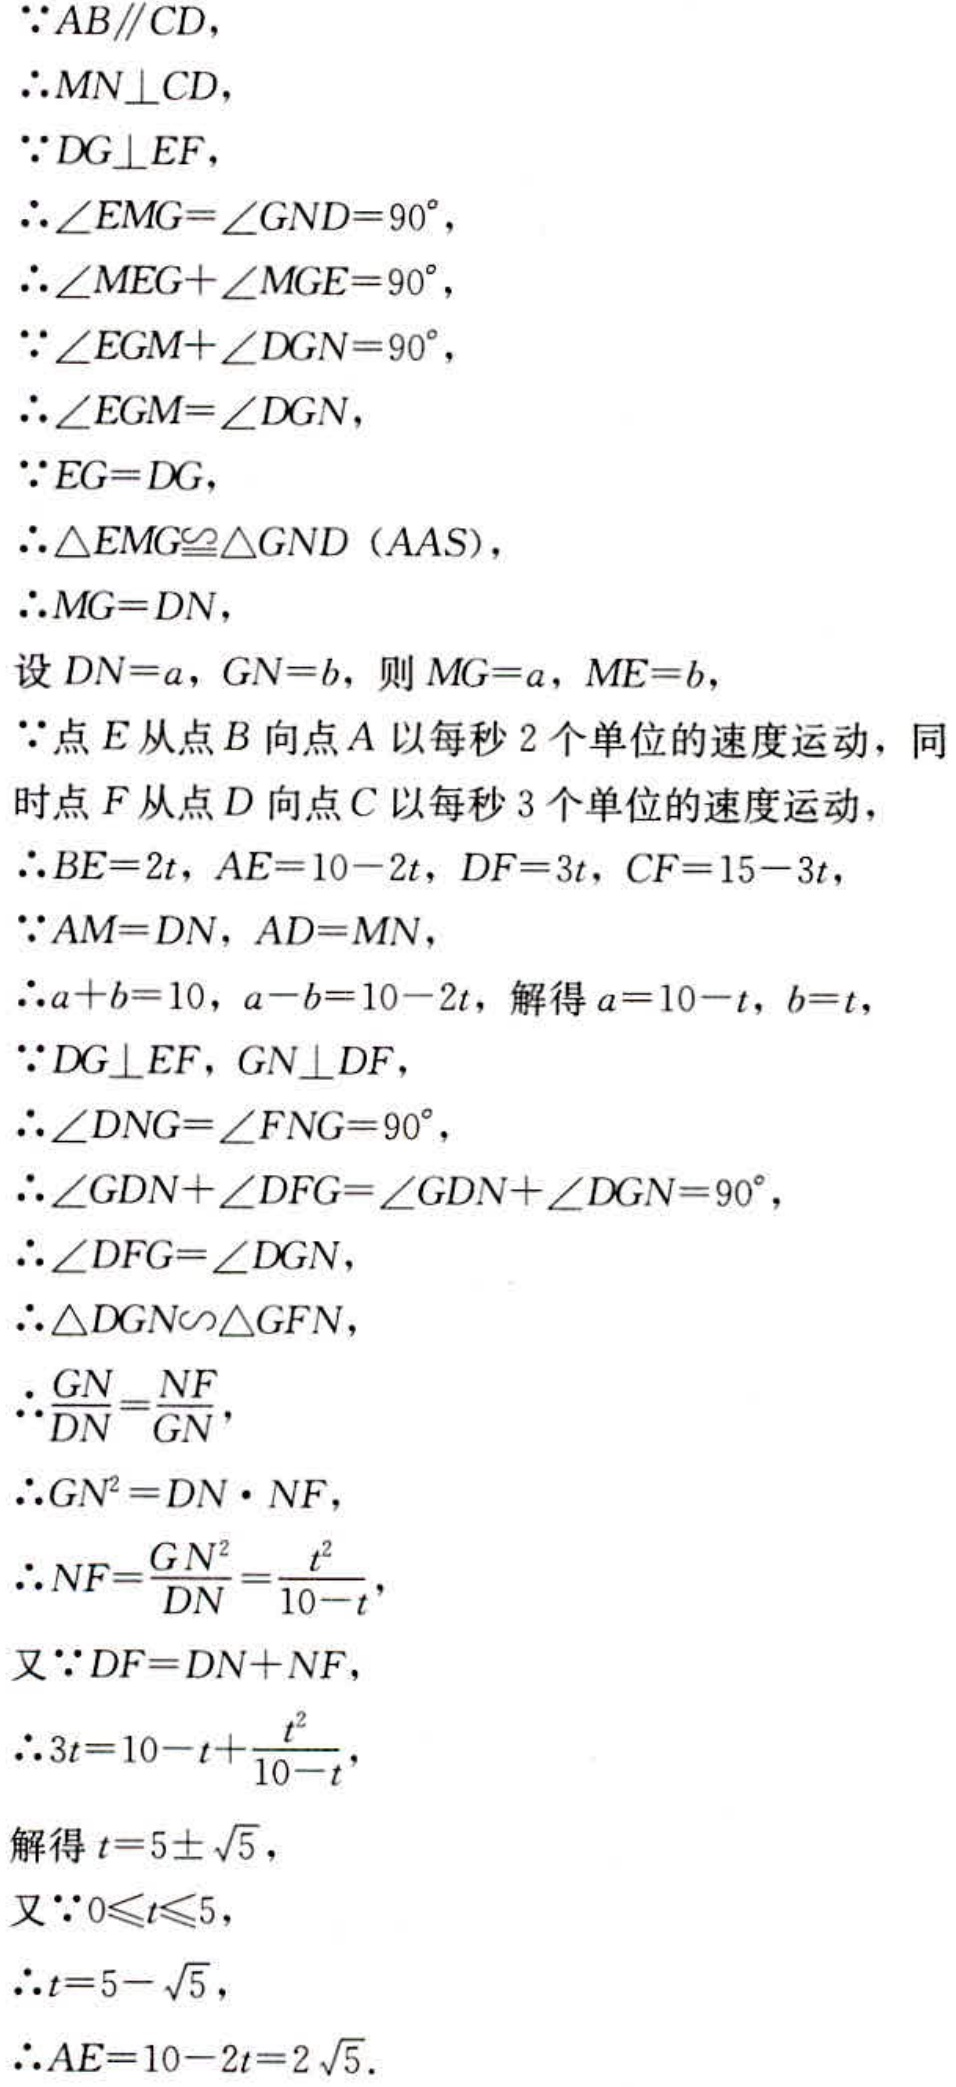
\(
\begin{align*}
&\because AB\parallel CD,\\
&\therefore MN\perp CD,\\
&\because DG\perp EF,\\
&\therefore\angle EMG = \angle GND = 90^{\circ},\\
&\therefore\angle MEG+\angle MGE = 90^{\circ},\\
&\because\angle EGM+\angle DGN = 90^{\circ},\\
&\therefore\angle EGM=\angle DGN,\\
&\because EG = DG,\\
&\therefore\triangle EMG\cong\triangle GND\ (AAS),\\
&\therefore MG = DN,\\
&\text{设 }DN = a, GN = b, \text{ 则 }MG = a, ME = b,\\
&\because\text{点 }E\text{ 从点 }B\text{ 向点 }A\text{ 以每秒 }2\text{ 个单位的速度运动，同}\\
&\text{时点 }F\text{ 从点 }D\text{ 向点 }C\text{ 以每秒 }3\text{ 个单位的速度运动，}\\
&\therefore BE = 2t, AE = 10 - 2t, DF = 3t, CF = 15 - 3t,\\
&\because AM = DN, AD = MN,\\
&\therefore a + b = 10, a - b = 10 - 2t, \text{ 解得 }a = 10 - t, b = t,\\
&\because DG\perp EF, GN\perp DF,\\
&\therefore\angle DNG=\angle FNG = 90^{\circ},\\
&\therefore\angle GDN+\angle DFG=\angle GDN+\angle DGN = 90^{\circ},\\
&\therefore\angle DFG=\angle DGN,\\
&\therefore\triangle DGN\sim\triangle GFN,\\
&\therefore\frac{GN}{DN}=\frac{NF}{GN},\\
&\therefore GN^{2}=DN\cdot NF,\\
&\therefore NF=\frac{GN^{2}}{DN}=\frac{t^{2}}{10 - t},\\
&\text{又}\because DF = DN + NF,\\
&\therefore 3t = 10 - t+\frac{t^{2}}{10 - t},\\
&\text{解得 }t = 5\pm\sqrt{5},\\
&\text{又}\because 0\leqslant t\leqslant5,\\
&\therefore t = 5 - \sqrt{5},\\
&\therefore AE = 10 - 2t = 2\sqrt{5}.
\end{align*}
\)